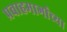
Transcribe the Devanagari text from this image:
प्रवाहमार्गाच्या